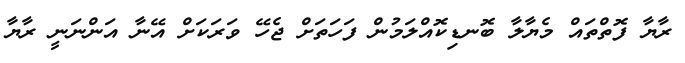
ރާޔާ ފޮތްތައް މެޔާލާ ބޮނޑިކޮއްލަމުން ފަހަތަށް ޖެހޭ ވަރަކަށް އޭނާ އަންނަނީ ރާޔާ